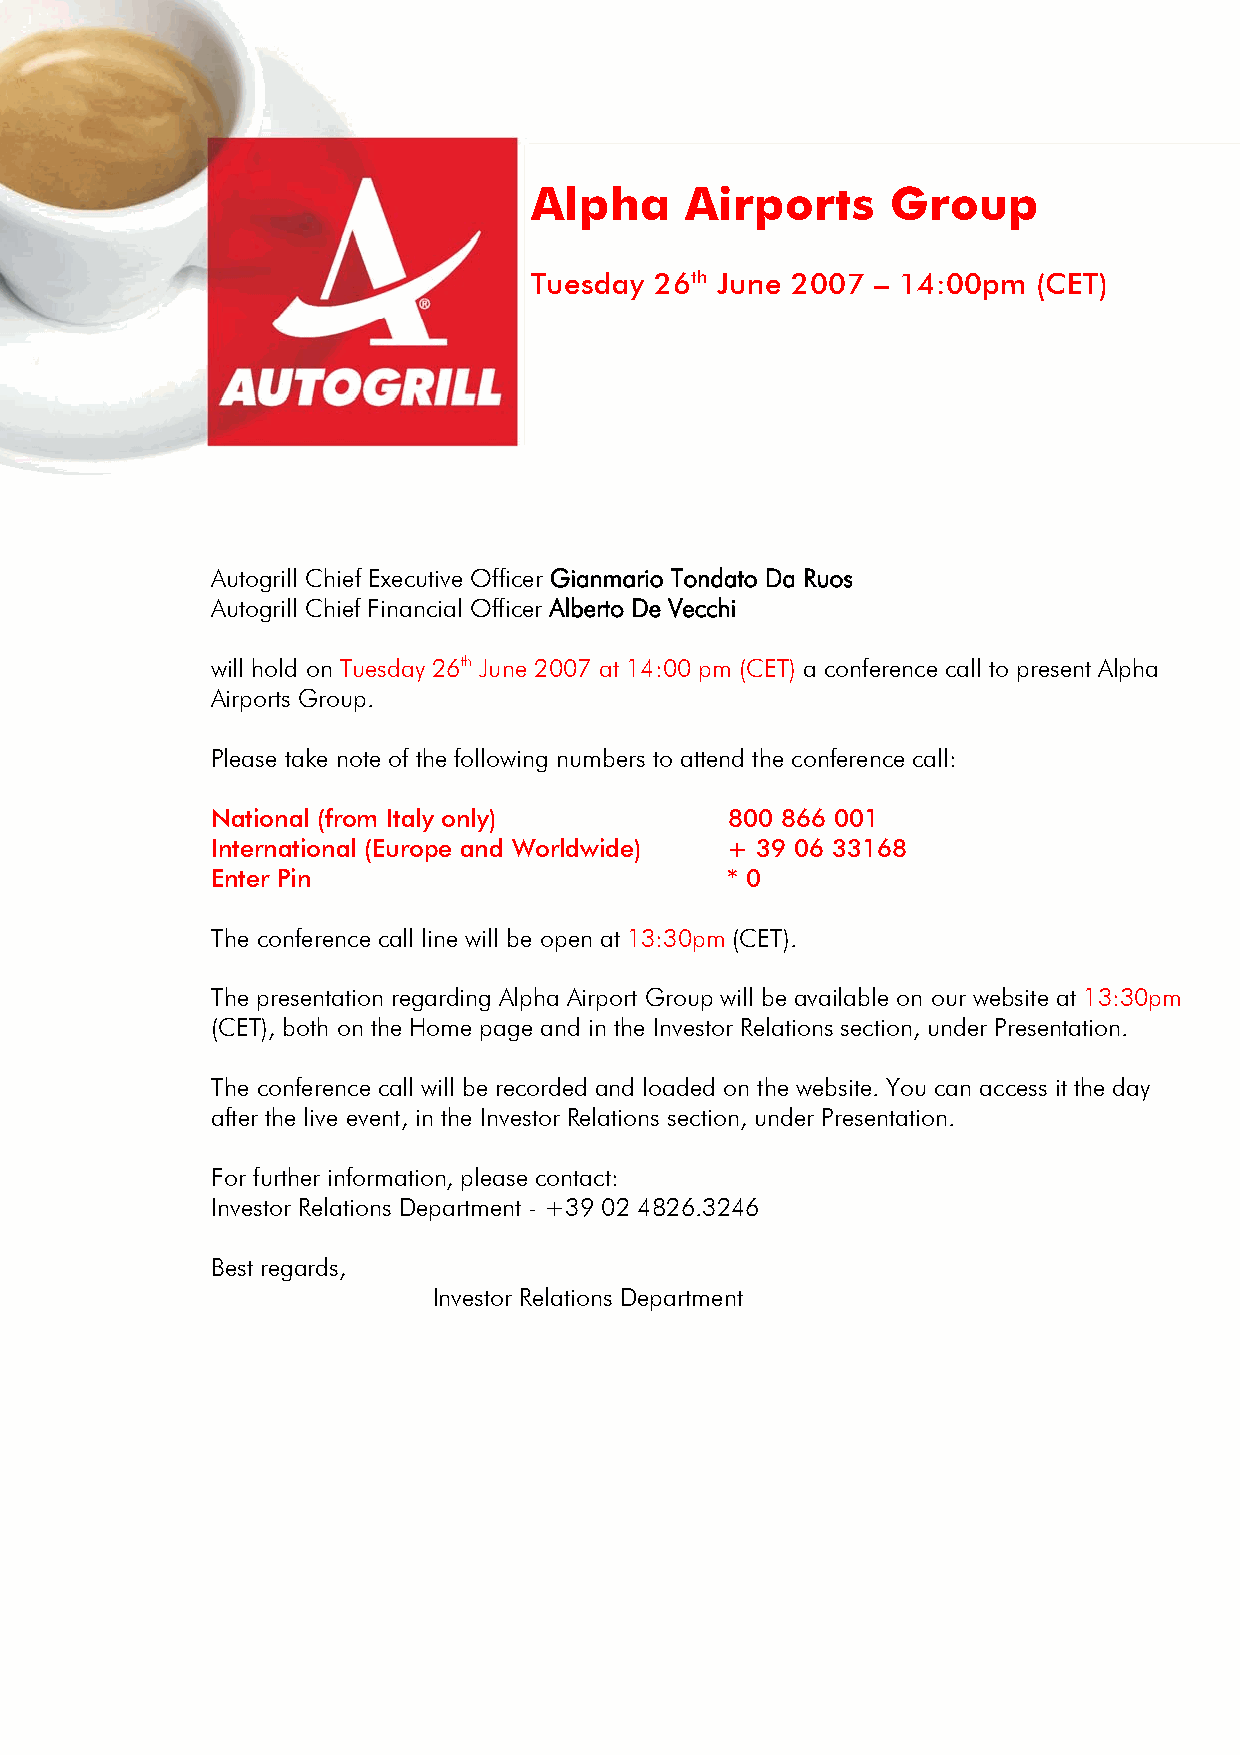
Alpha     Airports      Group
 Tuesday 26th June 2007 – 14:00pm  (CET)
 Autogrill Chief Executive Officer Gianmario Tondato Da Ruos
 Autogrill Chief Financial Officer Alberto De Vecchi
 will hold on Tuesday 26th June 2007 at 14:00 pm (CET) a conference call to present Alpha
 Airports Group.
 Please take note of the following numbers to attend the conference call:
 National (from Italy only)        800 866 001
 International (Europe and Worldwide) + 39 06 33168
 Enter Pin                         * 0
 The conference call line will be open at 13:30pm (CET).
 The presentation regarding Alpha Airport Group will be available on our website at 13:30pm
 (CET), both on the Home page and in the Investor Relations section, under Presentation.
 The conference call will be recorded and loaded on the website. You can access it the day
 after the live event, in the Investor Relations section, under Presentation.
 For further information, please contact:
 Investor Relations Department - +39 02 4826.3246
 Best regards,
 Investor Relations Department